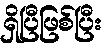
ရှိပြီဖြစ်ပြီး